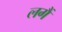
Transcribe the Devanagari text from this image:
लगैं